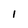
Character: 1